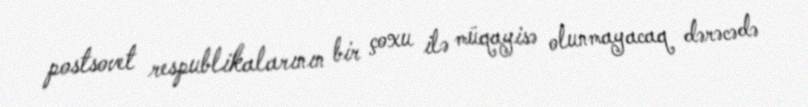
postsovet respublikalarının bir çoxu ilə müqayisə olunmayacaq dərəcədə